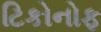
ટિકોનોફ